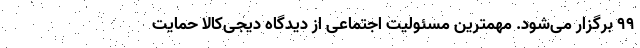
99 برگزار می‌شود. مهمترین مسئولیت اجتماعی از دیدگاه دیجی‌کالا حمایت